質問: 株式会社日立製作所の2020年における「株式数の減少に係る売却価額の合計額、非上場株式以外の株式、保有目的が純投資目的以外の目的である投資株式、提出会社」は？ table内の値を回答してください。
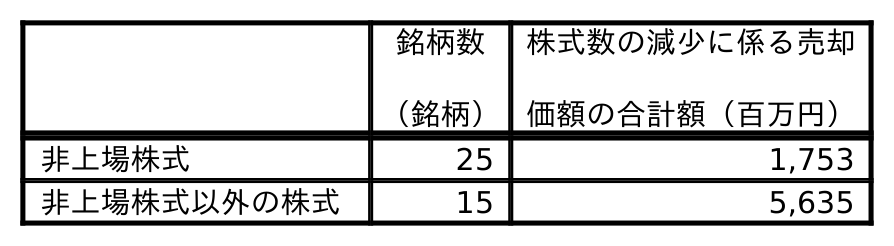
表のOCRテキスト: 銘柄数 （銘柄） 株式数の減少に係る売却 価額の合計額（百万円） 非上場株式 25 1,753 非上場株式以外の株式 15 5,635
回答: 5,635